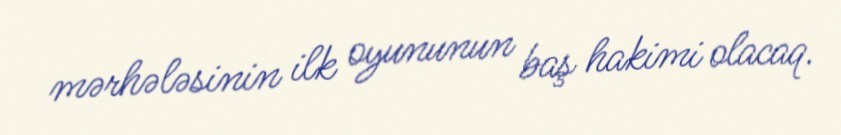
mərhələsinin ilk oyununun baş hakimi olacaq.